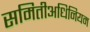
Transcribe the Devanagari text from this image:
समितीअधिनियम